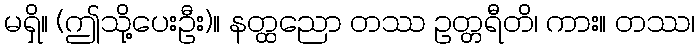
မရှိ။ (ဤသို့ပေးဦး)။ နတ္ထညော တဿ ဥတ္တရီတိ၊ ကား။ တဿ၊